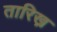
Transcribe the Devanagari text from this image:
तारिख़